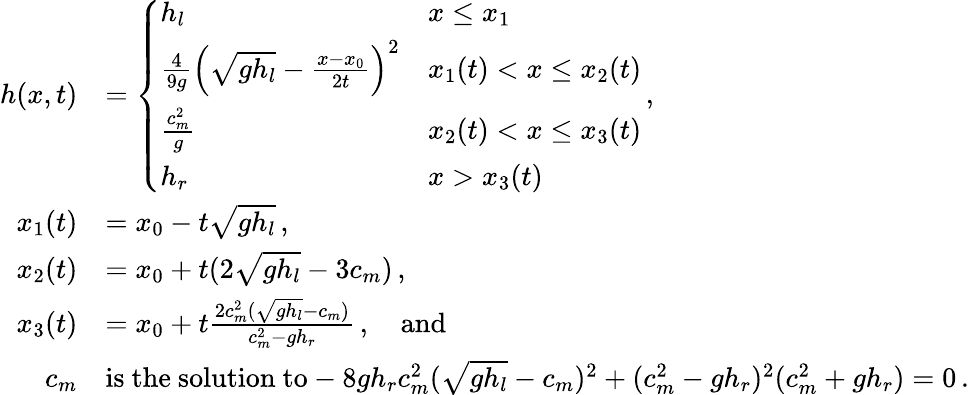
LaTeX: \begin{array}{rl}{h(x,t)}&{=\left\{ \begin{array}{ll}{h_{l}}&{x\leq x_{1}}\\ {\frac{4}{9g}\left(\sqrt{gh_{l}}-\frac{x-x_{0}}{2t}\right)^{2}}&{x_{1}(t)<x\leq x_{2}(t)}\\ {\frac{c_{m}^{2}}{g}}&{x_{2}(t)<x\leq x_{3}(t)}\\ {h_{r}}&{x>x_{3}(t)}\end{array}\right.\, ,}\\ {x_{1}(t)}&{=x_{0}-t\sqrt{gh_{l}}\, ,}\\ {x_{2}(t)}&{=x_{0}+t(2\sqrt{gh_{l}}-3c_{m})\, ,}\\ {x_{3}(t)}&{=x_{0}+t\frac{2c_{m}^{2}(\sqrt{gh_{l}}-c_{m})}{c_{m}^{2}-gh_{r}}\, ,\quad\mathrm{and}}\\ {c_{m}}&{\mathrm{is~the~solution~to}-8gh_{r}c_{m}^{2}(\sqrt{gh_{l}}-c_{m})^{2}+(c_{m}^{2}-gh_{r})^{2}(c_{m}^{2}+gh_{r})=0\, .}\end{array}